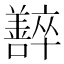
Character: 𡄰